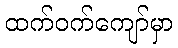
ထက်ဝက်ကျော်မှာ